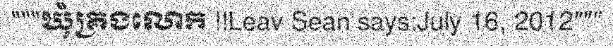
"""ឃុំគ្រងលោក !!Leav Sean says:July 16, 2012"""